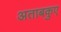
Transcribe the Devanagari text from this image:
अताबकुए